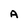
Character: A